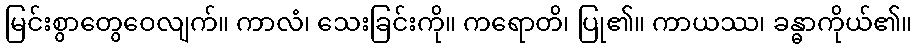
မြင်းစွာတွေဝေလျက်။ ကာလံ၊ သေးခြင်းကို။ ကရောတိ၊ ပြု၏။ ကာယဿ၊ ခန္ဓာကိုယ်၏။